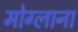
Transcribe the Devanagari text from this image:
मोग्लाना